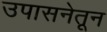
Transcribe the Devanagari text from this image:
उपासनेतून